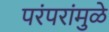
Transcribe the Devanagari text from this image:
परंपरांमुळे